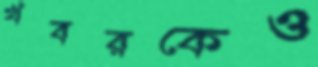
খবরকেও